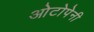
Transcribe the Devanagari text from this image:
ओटोपेनी